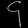
Digit: ၄